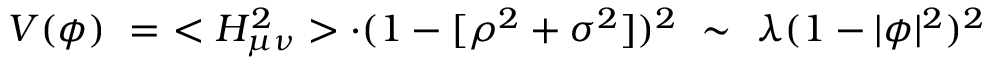
V ( \phi ) \ = \ < H _ { \mu \nu } ^ { 2 } > \cdot ( 1 - [ \rho ^ { 2 } + \sigma ^ { 2 } ] ) ^ { 2 } \ \sim \ \lambda ( 1 - | \phi | ^ { 2 } ) ^ { 2 }